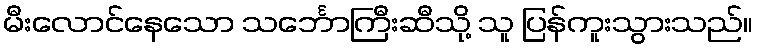
မီးလောင်နေသော သင်္ဘောကြီးဆီသို့ သူ ပြန်ကူးသွားသည်။